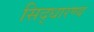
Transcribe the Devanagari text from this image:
सिद्धारण्य